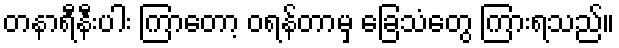
တနာရီနီးပါး ကြာတော့ ဝရန်တာမှ ခြေသံတွေ ကြားရသည်။